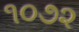
૧૦૭૨